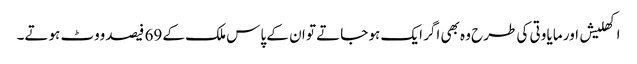
اکھلیش اور مایا وتی کی طرح وہ بھی اگر ایک ہو جاتے تو ان کے پاس ملک کے 69 فیصد ووٹ ہوتے۔